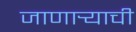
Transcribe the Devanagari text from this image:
जाणार्‍याची